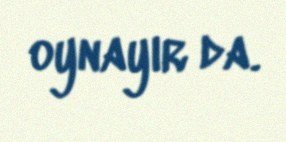
oynayır da.